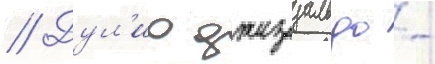
// Дул'ио джезуальдо -